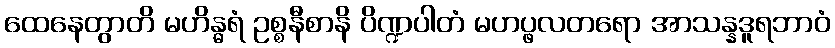
ထေနေတွာတိ မဟိန္ဓရံ ဥစ္စနီစာနိ ပိဏ္ဍပါတံ မဟပ္ဖလတရော အာသန္နဒူရဘာဝံ